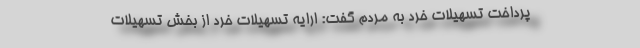
پرداخت تسهیلات خرد به مردم گفت: ارایه تسهیلات خرد از بخش تسهیلات